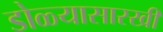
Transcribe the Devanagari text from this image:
डोळ्यासारखी